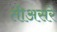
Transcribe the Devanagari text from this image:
तीअसरे